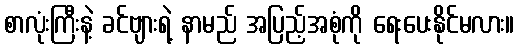
စာလုံးကြီးနဲ့ ခင်ဗျားရဲ့ နာမည် အပြည့်အစုံကို ရေးပေးနိုင်မလား။